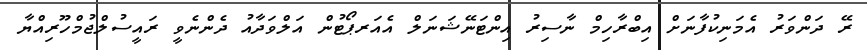
ރޭ ދަންވަރު އެމަނިކުފާނަށް އިބްރާހިމް ނާސިރު އިންޓަނޭޝަނަލް އެއަރޕޯޓުން އަލްވަދާއު ދެންނެވީ ރައީސުލްޖުމްހޫރިއްޔާ